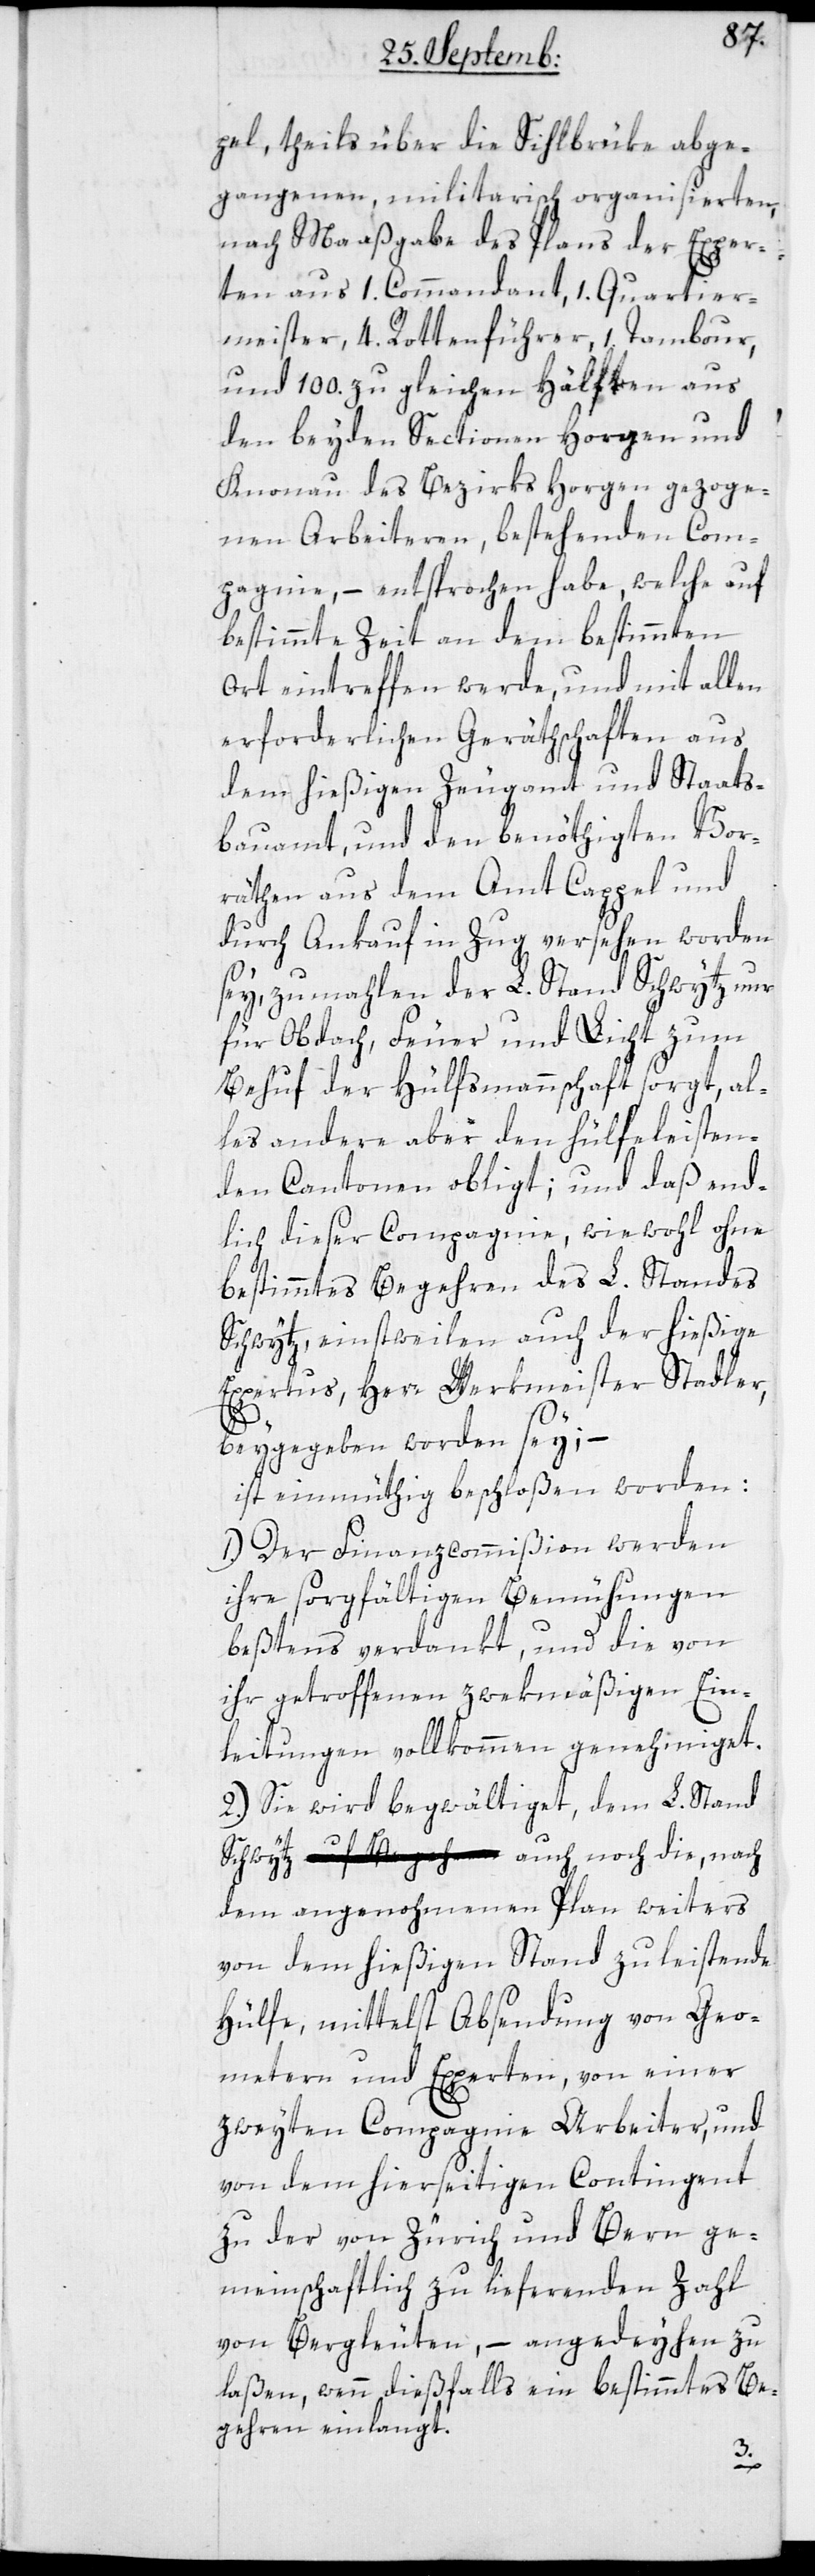
pel, theils über die Sihlbrüke abge¬
gangenen, militarisch organisierten,
nach Maaßgabe des Plans der Exper¬
ten aus 1. Commandanten, 1. Quartier¬
meister, 4. Rottenführer, 1. Tambour,
und 100. zu gleichen Hälften aus
den beyden Sectionen Horgen und
Knonau des Bezirks Horgen gezoge¬
nen Arbeiteren, bestehenden Com¬
pagnie, – entsprochen habe, welche auf
bestimmte Zeit an dem bestimmten
Ort eintreffen werde, und mit allen
erforderlichen Geräthschaften aus
dem hießigen Zeugamt und Staats¬
bauamt, und den benöthigten Vor¬
räten aus dem Amt Cappel und
durch Ankauf in Zug versehen worden
sey, zumahlen der L. Stand Schwytz nur
für Obdach, Feuer und Licht zum
Behuf der Hülfsmannschaft sorgt, al¬
les andere aber den hülfeleisten¬
den Cantonen obligt; und daß end¬
lich dieser Compagnie, wie wohl ohne
bestimmtes Begehren des L. Standes
Schwytz, einstweilen auch der hießige
Expertus, Herr Werkmeister Stadler,
beigegeben worden sei; –
ist einmüthig beschloßen worden:
1. Der Finanzcommißion werden
ihre sorgfältigen Bemühungen
beßtens verdankt, und die von
ihr getroffenen zwekmäßigen Ein¬
leitungen vollkommen genehmiget.
2. Sie wird begwältiget, dem L. Stand
Schwytz auch noch die, nach
dem angenohmenen Plan weiters
von dem hießigen Stand zu leistende
Hülfe, mittelst Absendung von Geo¬
metern und Experten, von einer
zweyten Compagnie Arbeiter, und
von dem hierseitigen Contingent
zu der von Zürich und Bern ge¬
meinschaftlich zu liefernden Zahl
von Bergleuten, – angedeihen zu
laßen, wenn dießfalls ein bestimmtes Be¬
gehren einlangt.